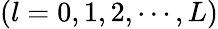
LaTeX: (l=0,1,2,\cdots,L)